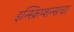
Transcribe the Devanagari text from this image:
इन्स्क्रिप्शन्सचा